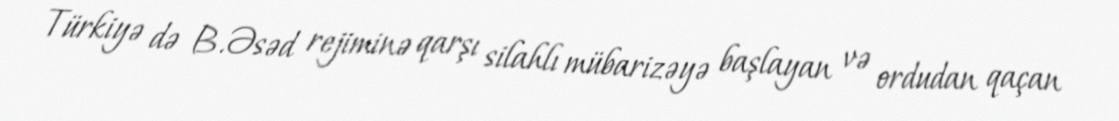
Türkiyə də B.Əsəd rejiminə qarşı silahlı mübarizəyə başlayan və ordudan qaçan